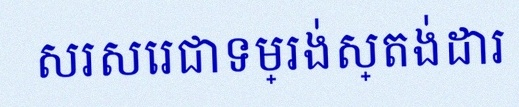
សរសេរជាទម្រង់ស្តង់ដារ